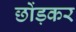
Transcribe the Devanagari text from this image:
छोंड़कर